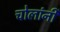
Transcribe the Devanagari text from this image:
चोलांनी